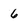
Character: 6